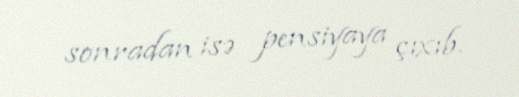
sonradan isə pensiyaya çıxıb.